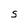
Character: S